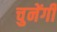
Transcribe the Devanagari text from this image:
चुनेंगी